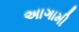
અાગામી